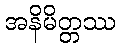
အနိမိတ္တဿ